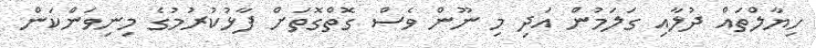
ހިޔާލްތައް ދުލާއި ގަލަމުން އަދި މި ނޫން ވެސް ގޮތްގޮތަށް ފާޅުކުރުމުގެ މިނިވަންކަން